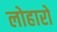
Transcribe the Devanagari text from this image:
लोहारो